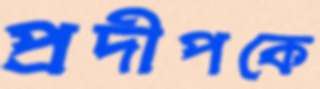
প্রদীপকে